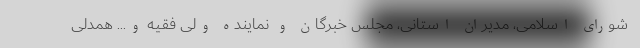
شورای اسلامی، مدیران استانی، مجلس خبرگان و نماینده ولی فقیه و... همدلی